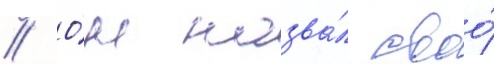
// О́н назва́л своо́